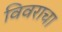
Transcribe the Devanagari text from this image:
विवराचा